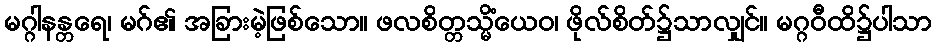
မဂ္ဂါနန္တရေ၊ မဂ်၏ အခြားမဲ့ဖြစ်သော။ ဖလစိတ္တသ္မိံယေဝ၊ ဖိုလ်စိတ်၌သာလျှင်။ မဂ္ဂဝီထိ၌ပါသာ